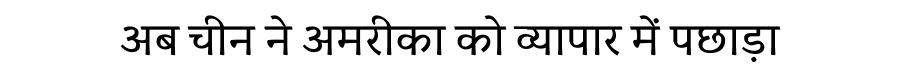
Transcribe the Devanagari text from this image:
अब चीन ने अमरीका को व्यापार में पछाड़ा